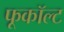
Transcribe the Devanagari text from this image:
फूकॉल्ट